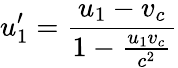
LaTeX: u_{1}^{\prime}={\frac{u_{1}-v_{c}}{1-{\frac{u_{1}v_{c}}{c^{2}}}}}